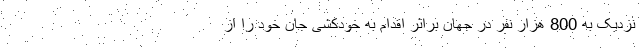
نزدیک به 800 هزار نفر در جهان براثر اقدام به خودکشی جان خود را از